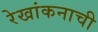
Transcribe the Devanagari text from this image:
रेखांकनाची